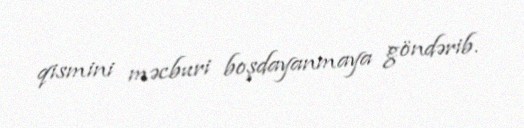
qismini məcburi boşdayanmaya göndərib.